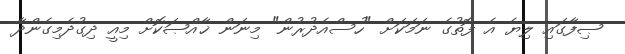
ޞިފާގައި ލިޔެ އެ ފޮތުގެ ނަމަކަށް "ހުސްއެދުރުން" މިނަން ޚާއްޞަކޮށް މިއީ ދިގުދެމިގެންދާ